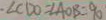
\cdot \angle C D O = \angle A O B = 9 0